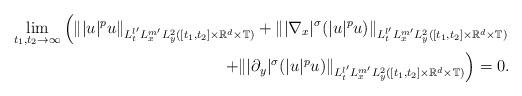
LaTeX: \begin{align*} \lim_{t_1,t_2\rightarrow \infty} \left( \||u|^pu\|_{L_t^{l'}L_x^{m'}L^2_{y}([t_1,t_2]\times \mathbb{R}^d \times \mathbb{T})}+\||\nabla_x|^{\sigma}(|u|^pu)\|_{L_t^{l'}L_x^{m'}L^2_{y}([t_1,t_2]\times \mathbb{R}^d \times \mathbb{T})} \right.\\\left. +\||\partial_{y}|^{\sigma}(|u|^pu)\|_{L_t^{l'}L_x^{m'}L^2_{y}([t_1,t_2]\times \mathbb{R}^d \times \mathbb{T})} \right)=0. \end{align*}